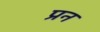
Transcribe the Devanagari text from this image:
प्रन